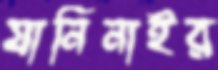
যানিনাইর